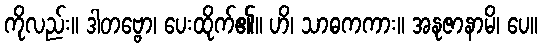
ကိုလည်း။ ဒါတဗ္ဗော၊ ပေးထိုက်၏။ ဟိ၊ သာဓကကား။ အနုဇာနာမိ၊ ပေ။